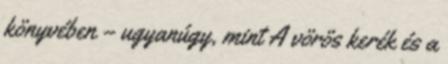
könyvében – ugyanúgy, mint A vörös kerék és a